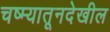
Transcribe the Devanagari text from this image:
चष्म्यातूनदेखील